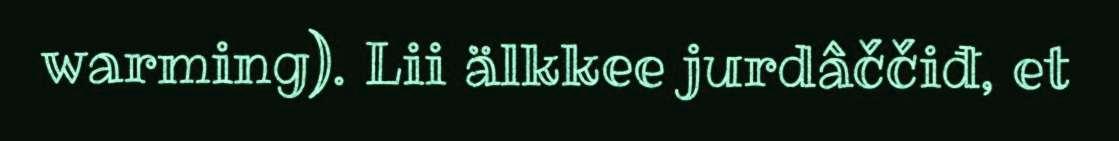
warming). Lii älkkee jurdâččiđ, et